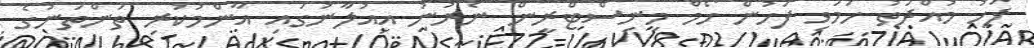
ފަހު މުއްދަތު ހަމަވި ފަހުން ހޯމް މިނިސްޓްރީން ނެރުނު އިއުލާނުގައި އާންމުކުރި ތަންތަނުގެ